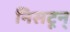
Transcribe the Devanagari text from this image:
निसटून्